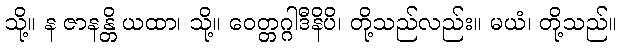
သို့။ န ဇာနန္တိ ယထာ၊ သို့။ ဝေတ္တဂ္ဂါဒီနိပိ၊ တို့သည်လည်း။ မယံ၊ တို့သည်။